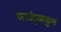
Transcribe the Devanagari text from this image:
बाजुंकडुन